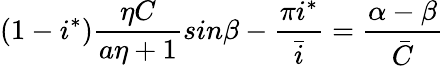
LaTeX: (1-i^{*})\frac{\eta C}{a\eta+1}sin{\beta-\frac{\pi i^{*}}{\bar{i}}}=\frac{\alpha-\beta}{\bar{C}}